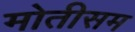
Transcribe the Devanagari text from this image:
मोतीसम